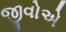
જીવોએ